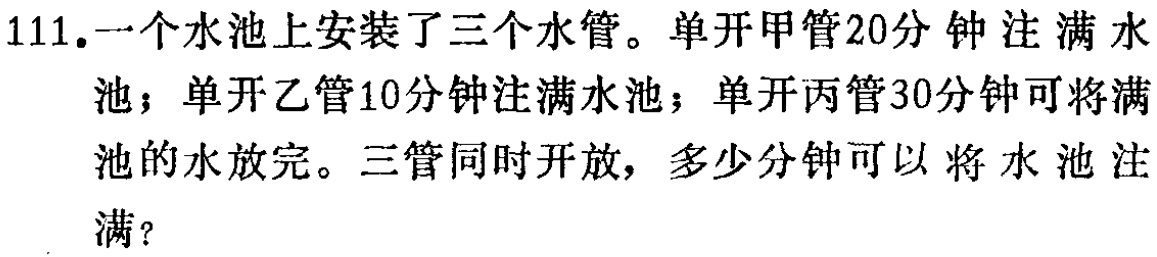
111.一个水池上安装了三个水管。单开甲管20分钟注满水池；单开乙管10分钟注满水池；单开丙管30分钟可将满池的水放完。三管同时开放，多少分钟可以将水池注满？